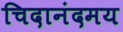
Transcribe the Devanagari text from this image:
चिदानंदमय